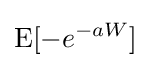
{\text{E}}[-e^{-aW}]